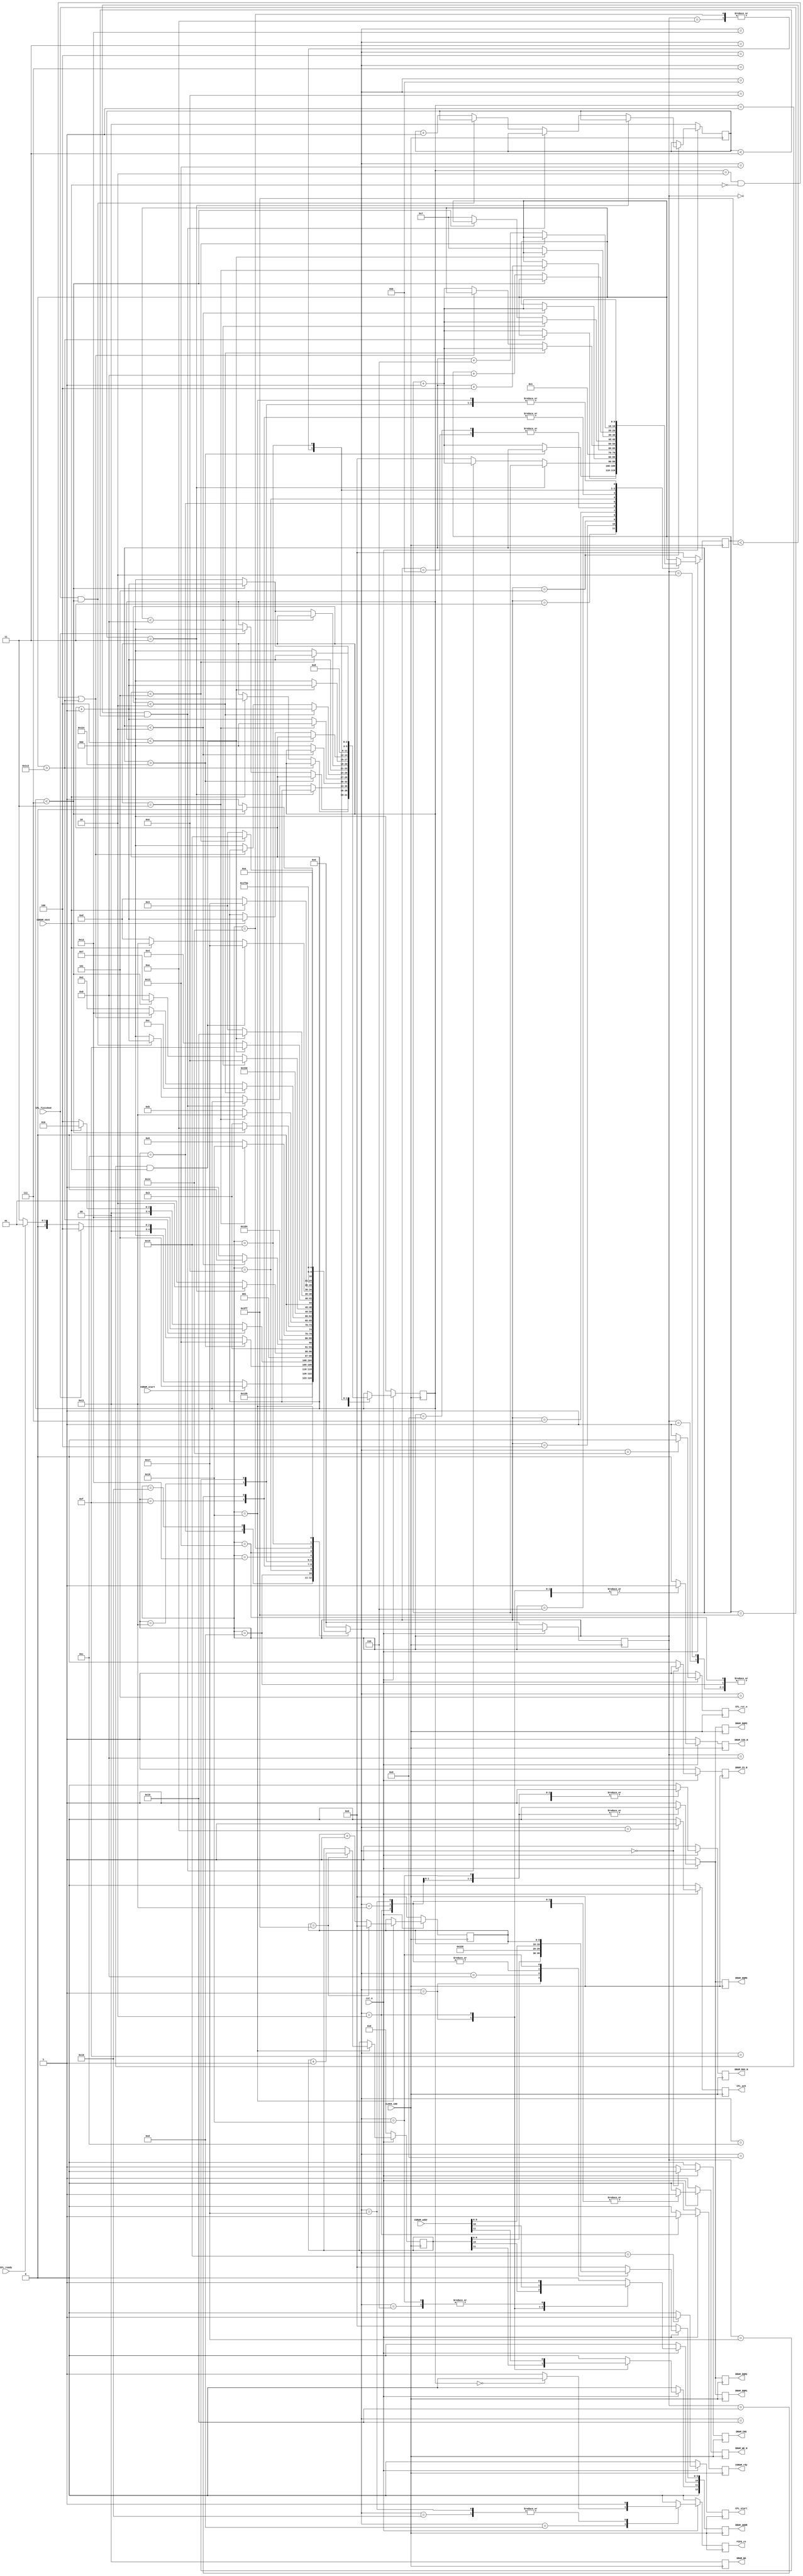

// Created by fizzim.pl version 5.10 on 2016:08:12 at 01:07:07 (www.fizzim.com)

module sdram (
  output reg CFL_ack,
  output reg CFL_rst_n,
  output reg CFL_start,
  output reg CGRAM_rdy,
  output reg [12:0] DRAM_ADDR,
  output reg [1:0] DRAM_BA,
  output reg DRAM_CAS_N,
  output reg DRAM_CKE,
  output reg DRAM_CS_N,
  output reg DRAM_DQM0,
  output reg DRAM_DQM1,
  output reg DRAM_DQM2,
  output reg DRAM_DQM3,
  output reg DRAM_RAS_N,
  output reg DRAM_WE_N,
  output reg FIFO_re,
  input wire CFL_finished,
  input wire CFL_ready,
  input wire [11:0] CGRAM_addr,
  input wire CGRAM_next,
  input wire CGRAM_start,
  input wire CLOCK_100,
  input wire rst_n 
);

  // state bits
  parameter 
  Desligado        = 5'b00000, 
  Activating       = 5'b00001, 
  ActivatingR      = 5'b00010, 
  ForeverWaiting   = 5'b00011, 
  IDLE             = 5'b00100, 
  InicializandoNOP = 5'b00101, 
  InicializandoPRE = 5'b00110, 
  InicializandoREF = 5'b00111, 
  LoadMODE         = 5'b01000, 
  NOPTIME2         = 5'b01001, 
  NOPTIME3         = 5'b01010, 
  NOPTIME4         = 5'b01011, 
  NOPTIME5         = 5'b01100, 
  PRECHARGIN       = 5'b01101, 
  REFTIME0         = 5'b01110, 
  REFTIME1         = 5'b01111, 
  REFTIME2         = 5'b10000, 
  RandomAcess      = 5'b10001, 
  Refresh          = 5'b10010, 
  RefreshWrite     = 5'b10011, 
  Reseting_FL      = 5'b10100, 
  Starting_FL      = 5'b10101, 
  Writing_PRE      = 5'b10110,
  RandomAcess2		 = 5'b10111,
  NOPTIME6			 =	5'b11000;

  reg [4:0] state;
  reg [4:0] nextstate;
  reg [9:0] Refresh_count;
  reg [9:0] column_data;
  reg [11:0] row_data;
  reg [1:0] support_count2;
  reg [2:0] support_count;
  reg [9:0] next_Refresh_count;
  reg [9:0] next_column_data;
  reg [11:0] next_row_data;
  reg [1:0] next_support_count2;
  reg [2:0] next_support_count;

  // comb always block
  always @* begin
    nextstate = 5'bxxxxx; // default to x because default_state_is_x is set
    next_Refresh_count[9:0] = Refresh_count[9:0];
    next_column_data[9:0] = column_data[9:0];
    next_row_data[11:0] = row_data[11:0];
    next_support_count2[1:0] = support_count2[1:0];
    next_support_count[2:0] = support_count[2:0];
    case (state)
      Desligado       : begin
        if (!CGRAM_start) begin
          nextstate = Desligado;
        end
        else begin
          nextstate = InicializandoNOP;
        end
      end
      Activating      : begin
        begin
          nextstate = NOPTIME2;
			 next_support_count[2:0] = 3'd0;
          next_Refresh_count[9:0] = Refresh_count[9:0] + 1'b1;
        end
      end
      ActivatingR     : begin
        begin
          nextstate = NOPTIME4;
			 next_support_count[2:0] = 3'd0;
          next_Refresh_count[9:0] = Refresh_count[9:0] + 1'b1;
        end
      end
      ForeverWaiting  : begin
        if (Refresh_count[9:0] > 10'd300) begin
          nextstate = RefreshWrite;
        end
		 else if (CFL_finished) begin
          nextstate = IDLE;
          next_support_count[2:0] = 3'd0;
          next_Refresh_count[9:0] = Refresh_count[9:0] + 1'b1;
        end
        else if (CFL_ready) begin
          nextstate = Activating;
          next_Refresh_count[9:0] = Refresh_count[9:0] + 1'b1;
        end
        else begin
          nextstate = ForeverWaiting;
          next_Refresh_count[9:0] = Refresh_count[9:0] + 1'b1;
        end
      end
      IDLE            : begin
        if (Refresh_count[9:0] > 10'd450) begin
          nextstate = Refresh;
        end
        else if (!CGRAM_next) begin
          nextstate = IDLE;
          next_Refresh_count[9:0] = Refresh_count[9:0] + 1'b1;
        end
        else begin
          nextstate = ActivatingR;
          next_support_count[2:0] = 3'd0;
          next_Refresh_count[9:0] = Refresh_count[9:0] + 1'b1;
        end
      end
      InicializandoNOP: begin
		  if (support_count2[1:0] == 2'd3) begin
          nextstate = InicializandoPRE;
        end
        else if (Refresh_count[9:0] < 10'd1023 && support_count2[1:0] < 2'd3) begin
          nextstate = InicializandoNOP;
          next_Refresh_count[9:0] = Refresh_count[9:0] + 1'b1;
        end
        else if (Refresh_count[9:0] == 10'd1023 && support_count[2:0] < 3'd7) begin
          nextstate = InicializandoNOP;
          next_support_count[2:0] = support_count[2:0] + 1'b1;
          next_Refresh_count[9:0] = 10'd0;
        end
        else begin
          nextstate = InicializandoNOP;
          next_support_count2[1:0] = support_count2[1:0] + 1'b1;
          next_Refresh_count[9:0] = 10'd0;
          next_support_count[2:0] = 3'd0;
        end
      end
      InicializandoPRE: begin
        if (Refresh_count[9:0] < 10'd2) begin
          nextstate = InicializandoPRE;
          next_Refresh_count[9:0] = Refresh_count[9:0] +1'b1;
        end
        else begin
          nextstate = InicializandoREF;
          next_support_count[2:0] = 3'd0;
        end
      end
      InicializandoREF: begin
        begin
          nextstate = REFTIME0;
          next_Refresh_count[9:0] = 10'd1;
        end
      end
      LoadMODE        : begin
        begin
          nextstate = Reseting_FL;
          next_Refresh_count[9:0] = Refresh_count[9:0] + 1'b1;
        end
      end
      NOPTIME2        : begin
        if (support_count[2:0] == 3'd3) begin
          nextstate = Writing_PRE;
          next_support_count[2:0] = 3'd0;
          next_Refresh_count[9:0] = Refresh_count[9:0] + 10'd4;
        end
		  else begin
			 nextstate = NOPTIME2;
          next_support_count[2:0] = support_count[2:0] + 1'b1;
		  end
      end
      NOPTIME3        : begin
        if (support_count[2:0] < 3'd7) begin
          nextstate = NOPTIME3;
          next_support_count[2:0] = support_count[2:0] + 1'b1;
        end
        else begin
          nextstate = ForeverWaiting;
          next_support_count[2:0] = 3'd0;
          next_Refresh_count[9:0] = Refresh_count[9:0] + 10'd8;
        end
      end
      NOPTIME4        : begin
        if (support_count[2:0] == 3'd3) begin
          nextstate = RandomAcess;
			 next_support_count[2:0] = 3'd0;
          next_Refresh_count[9:0] = Refresh_count[9:0] + 10'd4;
        end
		  else begin
		    nextstate = NOPTIME4;
          next_support_count[2:0] = support_count[2:0] + 1'b1;
		  end
      end
      NOPTIME5        : begin
        if (support_count[2:0] < 3'd2) begin
          nextstate = NOPTIME5;
          next_support_count[2:0] = support_count[2:0] + 1'b1;
          next_Refresh_count[9:0] = Refresh_count[9:0] + 1'b1;
        end
        else if ((support_count[2:0] == 3'd2 && !CGRAM_next) || Refresh_count[9:0] > 10'd450) begin
          nextstate = Refresh;
        end
        else begin
			 next_support_count[2:0] = 3'd0;
          nextstate = ActivatingR;
          next_Refresh_count[9:0] = Refresh_count[9:0] +1 'b1;
        end
      end
		NOPTIME6        : begin
        begin
          nextstate = NOPTIME5;
          next_Refresh_count[9:0] = Refresh_count[9:0] + 1'b1;
			 next_support_count[2:0] = support_count[2:0] + 1'b1;
        end
      end
      PRECHARGIN      : begin
        begin
          nextstate = NOPTIME6;
          next_support_count[2:0] = 3'd0;
          next_Refresh_count[9:0] = Refresh_count[9:0] + 1'b1;
        end
      end
      REFTIME0        : begin
        if (Refresh_count[9:0] < 10'd8) begin
          nextstate = REFTIME0;
          next_Refresh_count[9:0] = Refresh_count[9:0] + 1'b1;
        end
        else if (support_count[2:0] < 3'd7) begin
          nextstate = InicializandoREF;
          next_support_count[2:0] = support_count[2:0] + 1'b1;
        end
        else begin
          nextstate = LoadMODE;
          next_support_count[2:0] = 3'd0;
          next_Refresh_count[9:0] = 10'd7;
        end
      end
      REFTIME1        : begin
        if (support_count[2:0] < 3'd4) begin
          nextstate = REFTIME1;
          next_support_count[2:0] = support_count[2:0] + 1'b1;
        end
        else begin
          nextstate = IDLE;
          next_Refresh_count[9:0] = 10'd7;
          next_support_count[2:0] = 3'd0;
        end
      end
      REFTIME2        : begin
        if (support_count[2:0] < 3'd4) begin
          nextstate = REFTIME2;
          next_support_count[2:0] = support_count[2:0] + 1'b1;
        end
        else begin
          nextstate = ForeverWaiting;
          next_support_count[2:0] = 3'd0;
          next_Refresh_count[9:0] = 10'd7;
        end
      end
      RandomAcess     : begin
		  if ((support_count[2:0] == 3'd1) && (CGRAM_next)) begin
			 nextstate = RandomAcess2;
			 next_Refresh_count[9:0] = Refresh_count[9:0] + 1'b1;
		  end
        else if (CGRAM_next) begin
          nextstate = RandomAcess;
          next_support_count[2:0] = support_count[2:0] + 1'b1;
          next_Refresh_count[9:0] = Refresh_count[9:0] + 1'b1;
        end
        else begin
          nextstate = PRECHARGIN;
          next_Refresh_count[9:0] = Refresh_count[9:0] + 1'b1;
        end
		 end
		RandomAcess2     : begin
        if (CGRAM_next) begin
          nextstate = RandomAcess2;
          next_Refresh_count[9:0] = Refresh_count[9:0] + 1'b1;
        end
        else begin
          nextstate = PRECHARGIN;
          next_Refresh_count[9:0] = Refresh_count[9:0] + 1'b1;
        end
      end
      Refresh         : begin
        begin
          nextstate = REFTIME1;
          next_support_count[2:0] = 1'b1;
        end
      end
      RefreshWrite    : begin
        begin
          nextstate = REFTIME2;
          next_support_count[2:0] = 3'd0;
        end
      end
      Reseting_FL     : begin
        if (support_count[2:0] < 3'd7) begin
          nextstate = Reseting_FL;
          next_support_count[2:0] = support_count[2:0] + 1'b1;
        end
        else begin
          nextstate = Starting_FL;
          next_support_count[2:0] = 3'd0;
          next_Refresh_count[9:0] = Refresh_count[9:0] + 10'd8;
        end
      end
      Starting_FL     : begin
        if (support_count[2:0] < 3'd5) begin
          nextstate = Starting_FL;
          next_support_count[2:0] = support_count[2:0] +1'b1;
        end
        else begin
          nextstate = ForeverWaiting;
          next_support_count[2:0] = 3'd0;
          next_Refresh_count[9:0] = Refresh_count[9:0] + 10'd6;
        end
      end
      Writing_PRE     : begin
        if (column_data[9:0] == 10'd1023) begin
          nextstate = NOPTIME3;
          next_Refresh_count[9:0] = Refresh_count[9:0] + 1'b1;
          next_column_data[9:0] = 10'd0;
          next_row_data[11:0] = row_data[11:0] +1'b1;
        end
        else begin
          nextstate = NOPTIME3;
          next_Refresh_count[9:0] = Refresh_count[9:0] + 1'b1;
          next_column_data[9:0] = column_data[9:0] + 1'b1;
        end
      end
      default : begin
        nextstate = Desligado; // Added because undefined_states_go_here is set
      end
    endcase
  end

  // Assign reg'd outputs to state bits

  // sequential always block
  always @(posedge CLOCK_100) begin
    if (!rst_n) begin
      state <= Desligado;
      Refresh_count[9:0] <= 10'd0;
      column_data[9:0] <= 10'd0;
      row_data[11:0] <= 12'd0;
      support_count2[1:0] <= 2'd0;
      support_count[2:0] <= 3'd0;
      end
    else begin
      state <= nextstate;
      Refresh_count[9:0] <= next_Refresh_count[9:0];
      column_data[9:0] <= next_column_data[9:0];
      row_data[11:0] <= next_row_data[11:0];
      support_count2[1:0] <= next_support_count2[1:0];
      support_count[2:0] <= next_support_count[2:0];
      end
  end

  // datapath sequential always block
  always @(posedge CLOCK_100) begin
    if (!rst_n) begin
      CFL_ack <= 0;
      CFL_rst_n <= 1;
      CFL_start <= 0;
      CGRAM_rdy <= 0;
      DRAM_ADDR[12] <= 1'b0;
      DRAM_ADDR[11:0] <= 12'b0;
      DRAM_BA[1:0] <= 2'b0;
      DRAM_CAS_N <= 1;
      DRAM_CKE <= 0;
      DRAM_CS_N <= 1;
      DRAM_DQM0 <= 1;
      DRAM_DQM1 <= 1;
      DRAM_DQM2 <= 1;
      DRAM_DQM3 <= 1;
      DRAM_RAS_N <= 1;
      DRAM_WE_N <= 1;
      FIFO_re <= 0;
    end
    else begin
      CFL_ack <= 0; // default
      CFL_rst_n <= 1; // default
      CFL_start <= 0; // default
      CGRAM_rdy <= 0; // default
      DRAM_ADDR[12] <= 1'b0; // default
      DRAM_ADDR[11:0] <= 12'b0; // default
      DRAM_BA[1:0] <= 2'b0; // default
      DRAM_CAS_N <= 0; // default
      DRAM_CKE <= 1; // default
      DRAM_CS_N <= 0; // default
      DRAM_DQM0 <= 1; // default
      DRAM_DQM1 <= 1; // default
      DRAM_DQM2 <= 1; // default
      DRAM_DQM3 <= 1; // default
      DRAM_RAS_N <= 0; // default
      DRAM_WE_N <= 0; // default
      FIFO_re <= 0; // default
      case (nextstate)
        Desligado       : begin
          DRAM_CAS_N <= 1;
          DRAM_CKE <= 0;
          DRAM_CS_N <= 1;
          DRAM_RAS_N <= 1;
          DRAM_WE_N <= 1;
        end
        Activating      : begin
          DRAM_ADDR[11:0] <= row_data[11:0];
          DRAM_CAS_N <= 1;
          DRAM_WE_N <= 1;
        end
        ActivatingR     : begin
          CGRAM_rdy <= 1;
          DRAM_ADDR[11:0] <= CGRAM_addr[11:0];
          DRAM_CAS_N <= 1;
          DRAM_WE_N <= 1;
        end
        ForeverWaiting  : begin
          DRAM_CAS_N <= 1;
          DRAM_RAS_N <= 1;
          DRAM_WE_N <= 1;
        end
        IDLE            : begin
          DRAM_CAS_N <= 1;
          DRAM_RAS_N <= 1;
          DRAM_WE_N <= 1;
        end
        InicializandoNOP: begin
          DRAM_CAS_N <= 1;
          DRAM_RAS_N <= 1;
          DRAM_WE_N <= 1;
        end
        InicializandoPRE: begin
          DRAM_ADDR[10] <= 1'b1;
          DRAM_CAS_N <= 1;
        end
        InicializandoREF: begin
          DRAM_WE_N <= 1;
        end
        LoadMODE        : begin
          DRAM_ADDR[12:0] <= 13'b0001000100000;
        end
        NOPTIME2        : begin
          DRAM_CAS_N <= 1;
          DRAM_RAS_N <= 1;
          DRAM_WE_N <= 1;
        end
        NOPTIME3        : begin
          CFL_ack <= 1;
          DRAM_CAS_N <= 1;
          DRAM_RAS_N <= 1;
          DRAM_WE_N <= 1;
        end
        NOPTIME4        : begin
          DRAM_CAS_N <= 1;
          DRAM_RAS_N <= 1;
          DRAM_WE_N <= 1;
        end
        NOPTIME5        : begin
          DRAM_CAS_N <= 1;
          DRAM_RAS_N <= 1;
          DRAM_WE_N <= 1;
        end
		  NOPTIME6        : begin
          DRAM_CAS_N <= 1;
          DRAM_RAS_N <= 1;
          DRAM_WE_N <= 1;
          FIFO_re <= 1'b1;
        end
        PRECHARGIN      : begin
          DRAM_CAS_N <= 1;
          FIFO_re <= (support_count[2:0] == 0) ? 1'b0 : 1'b1;
        end
        REFTIME0        : begin
          DRAM_CAS_N <= 1;
          DRAM_RAS_N <= 1;
          DRAM_WE_N <= 1;
        end
        REFTIME1        : begin
          DRAM_CAS_N <= 1;
          DRAM_RAS_N <= 1;
          DRAM_WE_N <= 1;
        end
        REFTIME2        : begin
          DRAM_CAS_N <= 1;
          DRAM_RAS_N <= 1;
          DRAM_WE_N <= 1;
        end
        RandomAcess     : begin
          DRAM_ADDR[9:0] <= CGRAM_addr[9:0];
          DRAM_RAS_N <= 1;
          DRAM_WE_N <= 1;
			 DRAM_DQM0 <= 0;
			 DRAM_DQM1 <= 0;
			 DRAM_DQM2 <= 0;
			 DRAM_DQM3 <= 0;
        end
		  RandomAcess2    : begin
          DRAM_ADDR[9:0] <= CGRAM_addr[9:0];
          DRAM_RAS_N <= 1;
          DRAM_WE_N <= 1;
			 DRAM_DQM0 <= 0;
			 DRAM_DQM1 <= 0;
			 DRAM_DQM2 <= 0;
			 DRAM_DQM3 <= 0;
          FIFO_re <= 1'b1;
        end
        Refresh         : begin
          DRAM_WE_N <= 1;
        end
        RefreshWrite    : begin
          DRAM_WE_N <= 1;
        end
        Reseting_FL     : begin
          CFL_rst_n <= 0;
          DRAM_CAS_N <= 1;
          DRAM_RAS_N <= 1;
          DRAM_WE_N <= 1;
        end
        Starting_FL     : begin
          CFL_start <= 1;
          DRAM_CAS_N <= 1;
          DRAM_RAS_N <= 1;
          DRAM_WE_N <= 1;
        end
        Writing_PRE     : begin
          DRAM_ADDR[10] <= 1'b1;
          DRAM_ADDR[9:0] <= column_data[9:0];
          DRAM_RAS_N <= 1;
			 DRAM_DQM0 <= 0;
			 DRAM_DQM1 <= 0;
			 DRAM_DQM2 <= 0;
			 DRAM_DQM3 <= 0;
        end
      endcase
    end
  end

endmodule